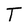
Character: T